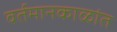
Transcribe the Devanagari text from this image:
वर्तमानकाळांत